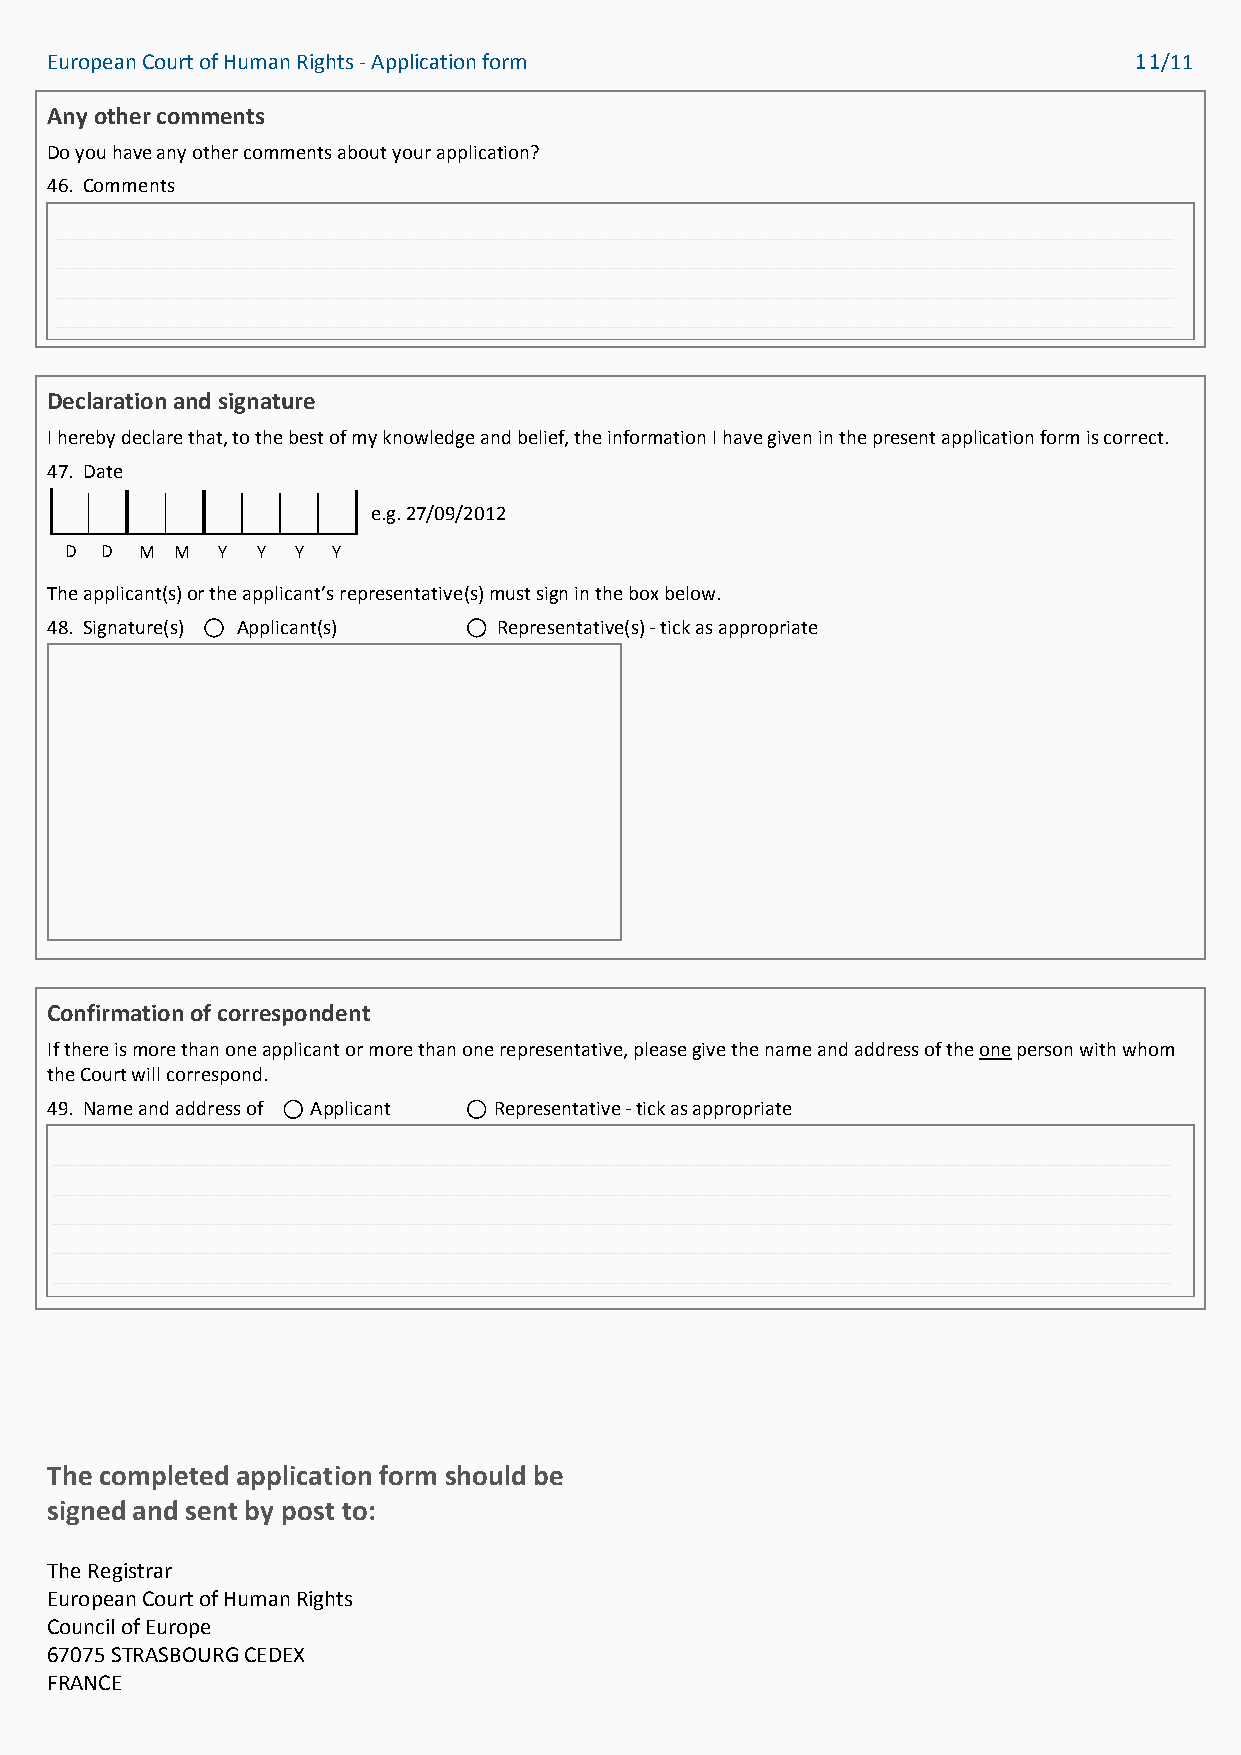
European Court of Human Rights - Application form                       11/11
 Any other comments
 Do you have any other comments about your application?
 46. Comments
 __________________________________________________________________________________________________
 __________________________________________________________________________________________________
 __________________________________________________________________________________________________
 __________________________________________________________________________________________________
 Declaration and signature
 I hereby declare that, to the best of my knowledge and belief, the information I have given in the present application form is correct.
 47. Date
 e.g. 27/09/2012
 D  D M  M Y  Y  Y Y
 The applicant(s) or the applicant’s representative(s) must sign in the box below.
 48. Signature(s) Applicant(s) Representative(s) - tick as appropriate
 Confirmation of correspondent
 If there is more than one applicant or more than one representative, please give the name and address of the one person with whom
 the Court will correspond.
 49. Name and address of Applicant Representative - tick as appropriate
 __________________________________________________________________________________________________
 __________________________________________________________________________________________________
 __________________________________________________________________________________________________
 __________________________________________________________________________________________________
 __________________________________________________________________________________________________
 The completed application form should be
 signed and sent by post to:
 The Registrar
 European Court of Human Rights
 Council of Europe
 67075 STRASBOURG CEDEX
 FRANCE